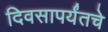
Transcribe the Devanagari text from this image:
दिवसापर्यंतचे